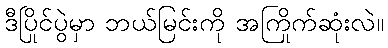
ဒီပြိုင်ပွဲမှာ ဘယ်မြင်းကို အကြိုက်ဆုံးလဲ။